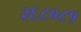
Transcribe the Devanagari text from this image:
२६८०८१